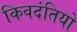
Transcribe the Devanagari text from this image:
किवदंतियो